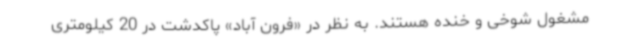
مشغول شوخی و خنده هستند. به نظر در «فرون آباد» پاکدشت در 20 کیلومتری